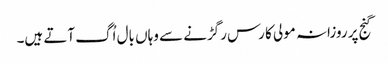
گنج پر روزانہ مولی کا رس رگڑنے سے وہاں بال اُگ آتے ہیں۔